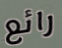
رائع